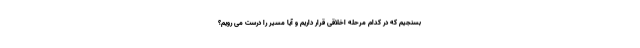
بسنجیم که در کدام مرحله اخلاقی قرار داریم و آیا مسیر را درست می رویم؟